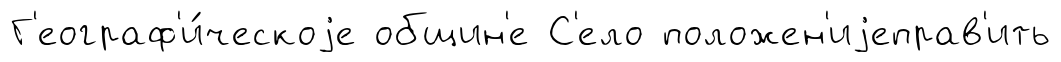
Г'еограф'и́ческоjе общин'е С'ело положен'иjеправ'ить